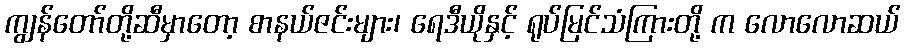
ကျွန်တော်တို့ဆီမှာတော့ စာနယ်ဇင်းများ၊ ရေဒီယိုနှင့် ရုပ်မြင်သံကြားတို့ က လောလောဆယ်